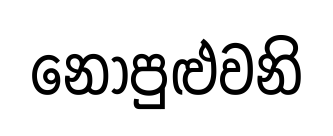
නොපුළුවනි